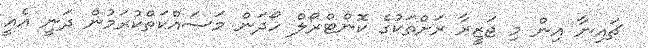
ޗައިނާ އިން މި ޖަޒީރާ ރަށްތަކުގެ ކޮންޓްރޯލް ހޯދަން މަސައްކަތްކުރަމުން ދަނީ އެއީ